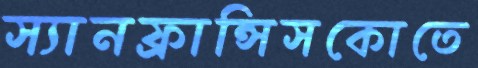
স্যানফ্রান্সিসকোতে